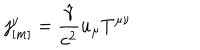
LaTeX: j _ { [ m ] } ^ { \nu } = \frac { \hat { \gamma } } { c ^ { 2 } } u _ { \mu } T ^ { \mu \nu }